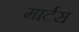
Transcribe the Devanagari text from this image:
मार्टस